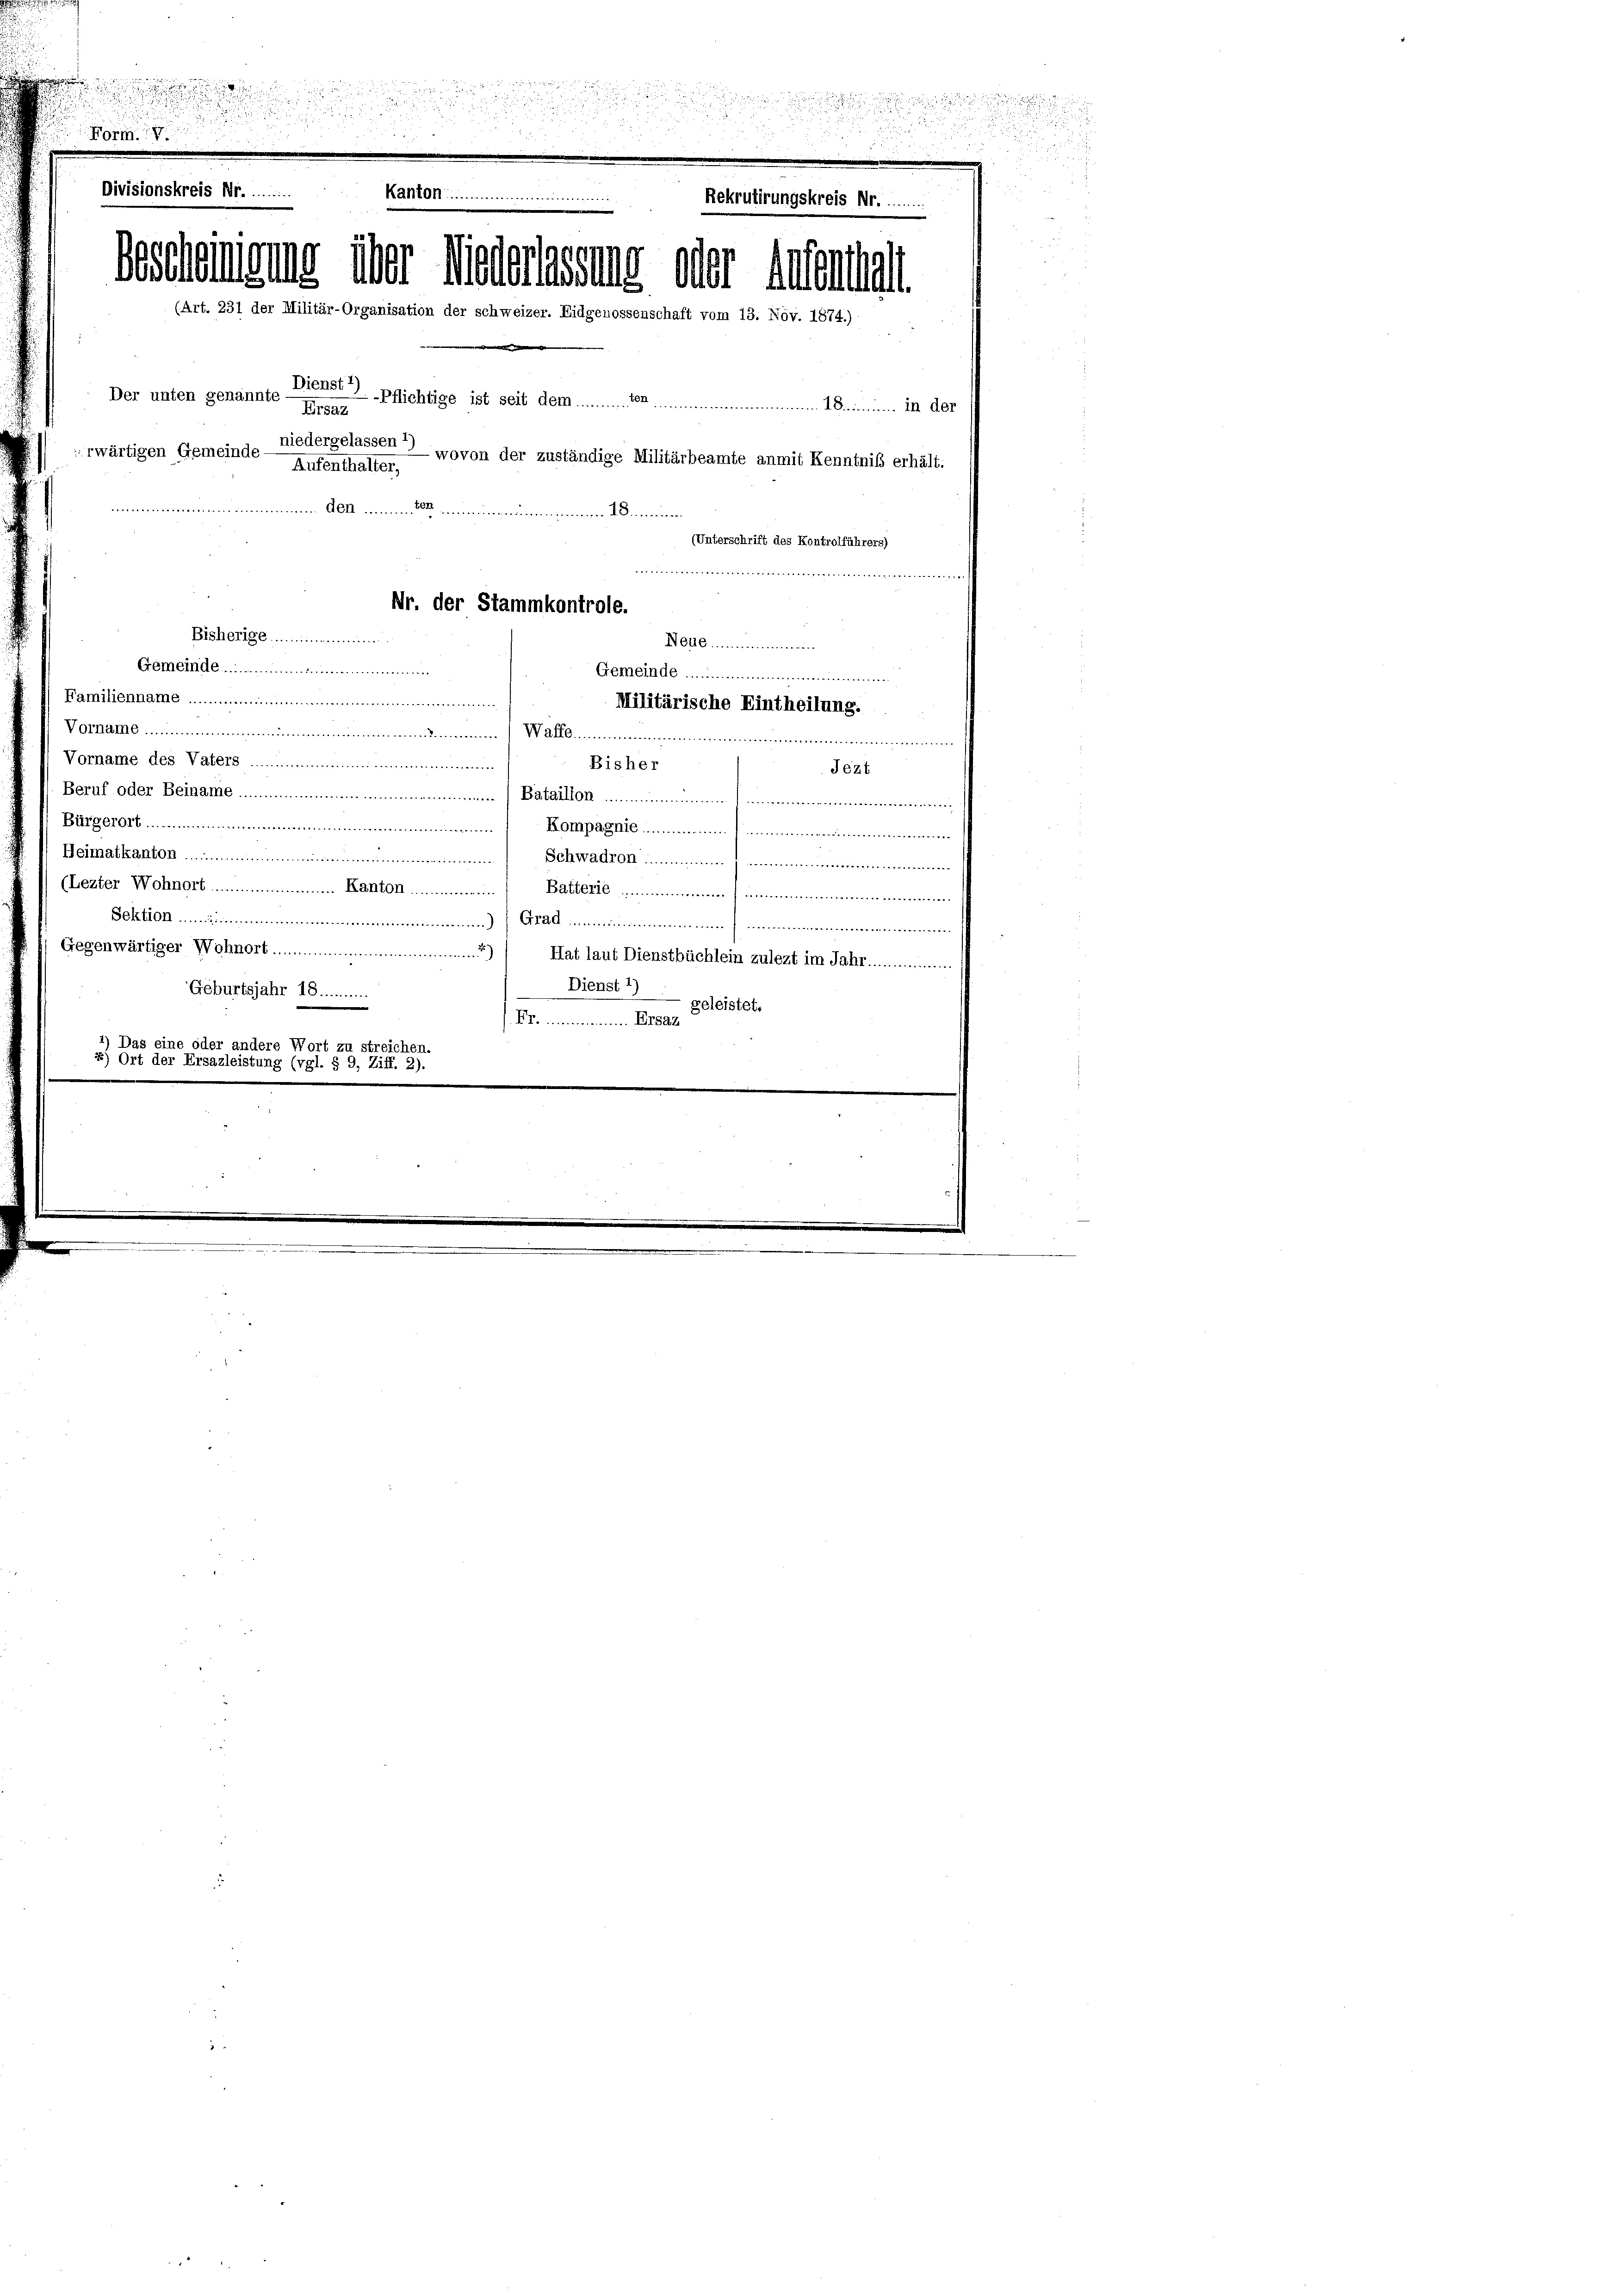
.

.
u

 2
Form

Divisionskreis Nr..........
Kanton......................
Rekrutirungskreis Nr.........
1
Bescheidung über wiedenesung oder Aufentlicht
(Art. 231 der Militär-Organisation der schweizer. Eidgenossenschaft vom 13. Nov. 1874.)
Der unten genannte
Dienstpflichtige ist seit dem
imum 2 Animum III. Als
122
niedergelassen ?
rwärtigen Gemeinde-
- wovon der zuständige Militärbeamte anmit Kenntnis erhält.
Aufenthalter,
 .....................................
(Unterschrift des Kontrolführers)
........... weite
Nr. der Stammkontrole.
Bisherige ............
Neub
Gemeinde
Gemeinde.................
Familiennale ...................
Militärische Eintheilung.
Vornambat..............................................................................................................
Vorname des Vaters ...........................................
Bisher
Jezt
Beruf oder Beiname ...................  Bataillon ..............................
Bürgerort ............................................................... Kompagnie .........................
Heimatkanton .................
Schwadron.
(Lezter Wohnort Kanton
Batterie immen
Sektionum .................................................
Gegenwärtiger Wohnort ......................................
Hat laut Dienstbüchlein zulezt im Jahr...............
Dienst 1)
Geburtsjahr 18...........
.M. meinen Staat geleistet.
*) Das eine oder andere Wort zu streichen
2) Ort der Ersazleistung (vgl. § 9, Ziff. 2).

u

,

u
n